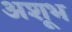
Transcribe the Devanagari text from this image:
अशूभ